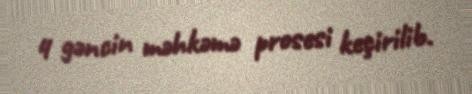
4 gəncin məhkəmə prosesi keçirilib.